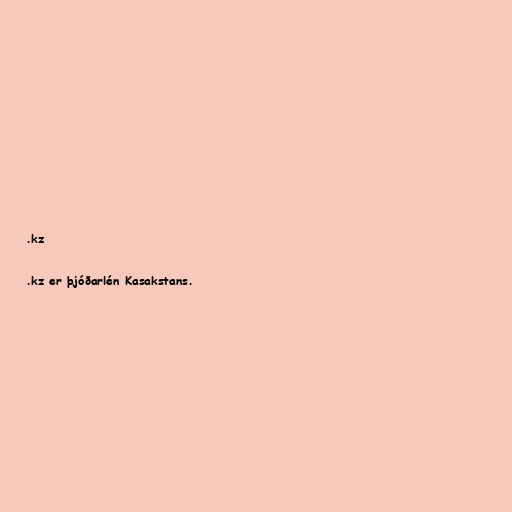
.kz

.kz er þjóðarlén Kasakstans.